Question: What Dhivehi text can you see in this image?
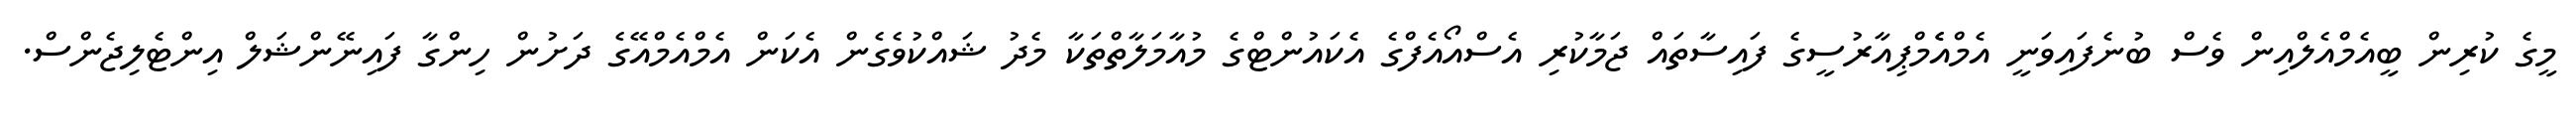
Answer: މީގެ ކުރިން ބީއެމްއެލްއިން ވެސް ބުނެފައިވަނީ އެމްއެެމްޕިއާރުސީގެ ފައިސާތައް ޖަމާކުރި އެސްއޯއެފްގެ އެކައުންޓްގެ މުއާމަލާތްތަކާ މެދު ޝައްކުވެގެން އެކަން އެމްއެމްއޭގެ ދަށުން ހިންގާ ފައިނޭންޝަލް އިންޓެލިޖެންސް.